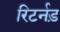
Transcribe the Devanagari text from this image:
रिटर्नड़